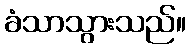
ခံသာသွားသည်။